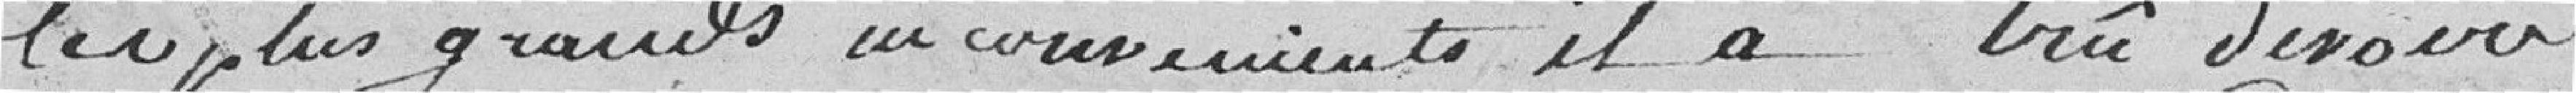
les plus grands inconvénients il a crû devoir